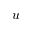
u